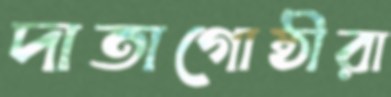
দাতাগোষ্ঠীরা